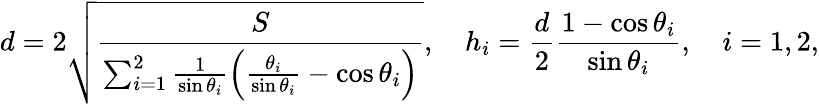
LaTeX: d=2\sqrt{\frac{S}{\sum_{i=1}^{2}\frac{1}{\sin\theta_{i}}\left(\frac{\theta_{i}}{\sin\theta_{i}}-\cos\theta_{i}\right)}},\quad h_{i}=\frac{d}{2}\frac{1-\cos\theta_{i}}{\sin\theta_{i}},\quad i=1,2,